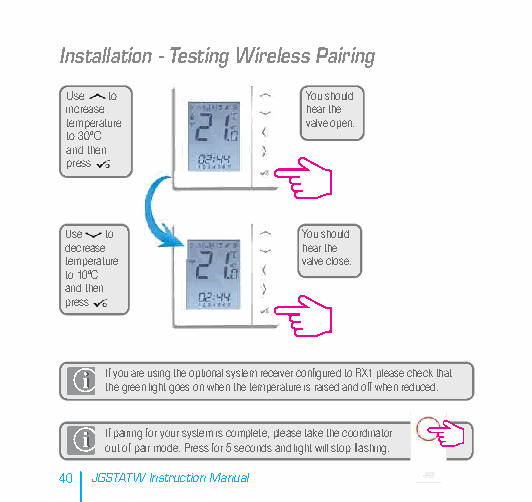
Installation - Testing Wireless Pairing
 Use to          You should
 increase        hear the
 temperature     valve open.
 to 30ºC
 and then
 press
 Use to          You should
 decrease        hear the
 temperature     valve close.
 to 10ºC
 and then
 press
 If you are using the optional system receiver configured to RX1 please check that
 the green light goes on when the temperature is raised and off when reduced.
 If pairing for your system is complete, please take the coordinator
 out of pair mode. Press for 5 seconds and light will stop flashing.
 40 JGSTATW Instruction Manual